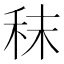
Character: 秣